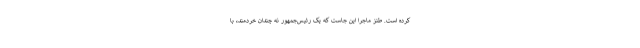
کرده است. طنز ماجرا این جاست که یک رئیس‌جمهور نه چندان خردمند، با